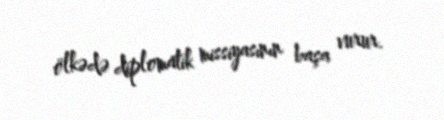
ölkədə diplomatik missiyasının başa vurur.